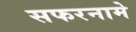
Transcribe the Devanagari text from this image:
सफरनामे